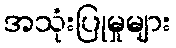
အသုံးပြုမှုများ